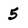
Character: 5